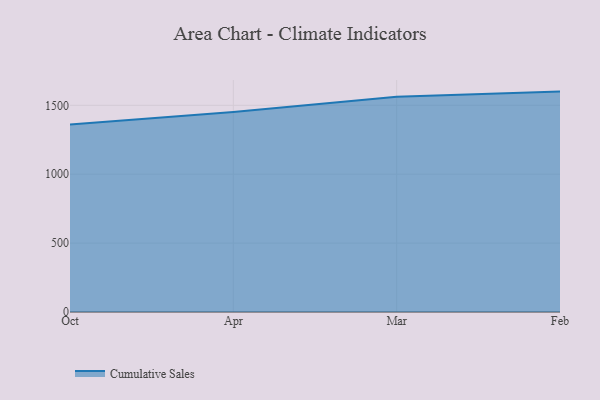
{"axis": {"x": "Month", "y": "Tickets Resolved"}, "legend": ["Cumulative Sales"], "data": [{"x": "Oct", "y": 1361.1, "type": "Cumulative Sales"}, {"x": "Apr", "y": 1452.1, "type": "Cumulative Sales"}, {"x": "Mar", "y": 1561.7, "type": "Cumulative Sales"}, {"x": "Feb", "y": 1599.4, "type": "Cumulative Sales"}]}